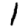
Digit: 1